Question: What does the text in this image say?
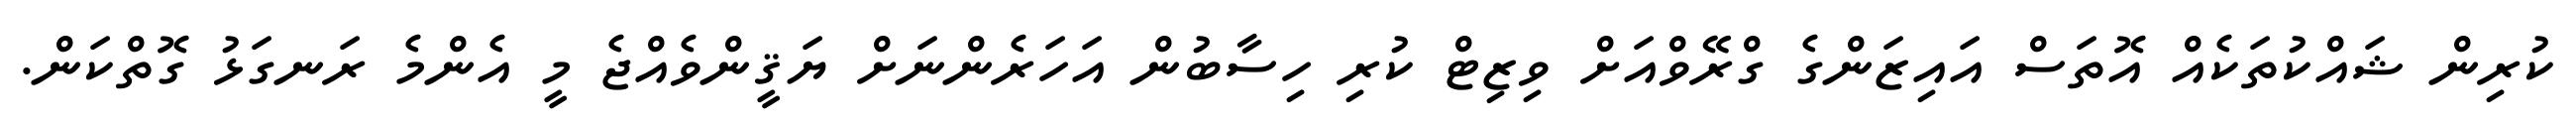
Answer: ކުރިން ޝައްކުތަކެއް އޮތަސް އައިޒަންގެ ގްރޭވްއަށް ވިޒިޓް ކުރި ހިސާބުން އަހަރެންނަށް ޔަޤީންވެއްޖެ މީ އެންމެ ރަނގަޅު ގޮތްކަން.